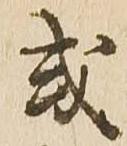
或